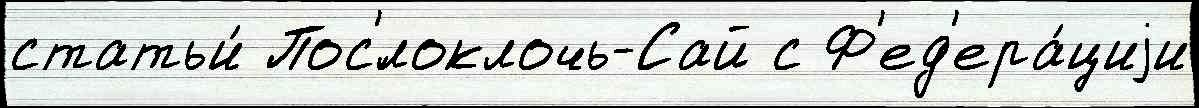
статьи́ Пос'́локлочь-Сай с Ф'ед'ера́циjи